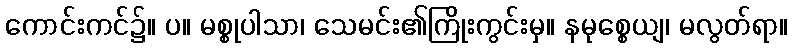
ကောင်းကင်၌။ ပ။ မစ္စုပါသာ၊ သေမင်း၏ကြိုးကွင်းမှ။ နမုစ္စေယျ၊ မလွတ်ရာ။